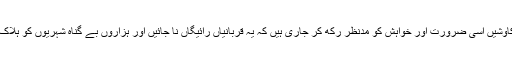
پاکستان کی افواج اور حکومت کے ساتھ ہماری مشترکہ کاوشيں اسی ضرورت اور خواہش کو مدنظر رکھ کر جاری ہيں کہ يہ قربانياں رائيگاں نا جائيں اور ہزاروں بے گناہ شہريوں کو ہلاک کرنے والے ذمہ داروں کو کيفر کردار تک پہنچايا جاۓ۔